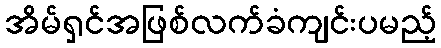
အိမ်ရှင်အဖြစ်လက်ခံကျင်းပမည့်